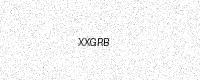
Text: XXGRB